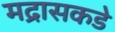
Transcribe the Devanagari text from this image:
मद्रासकडे